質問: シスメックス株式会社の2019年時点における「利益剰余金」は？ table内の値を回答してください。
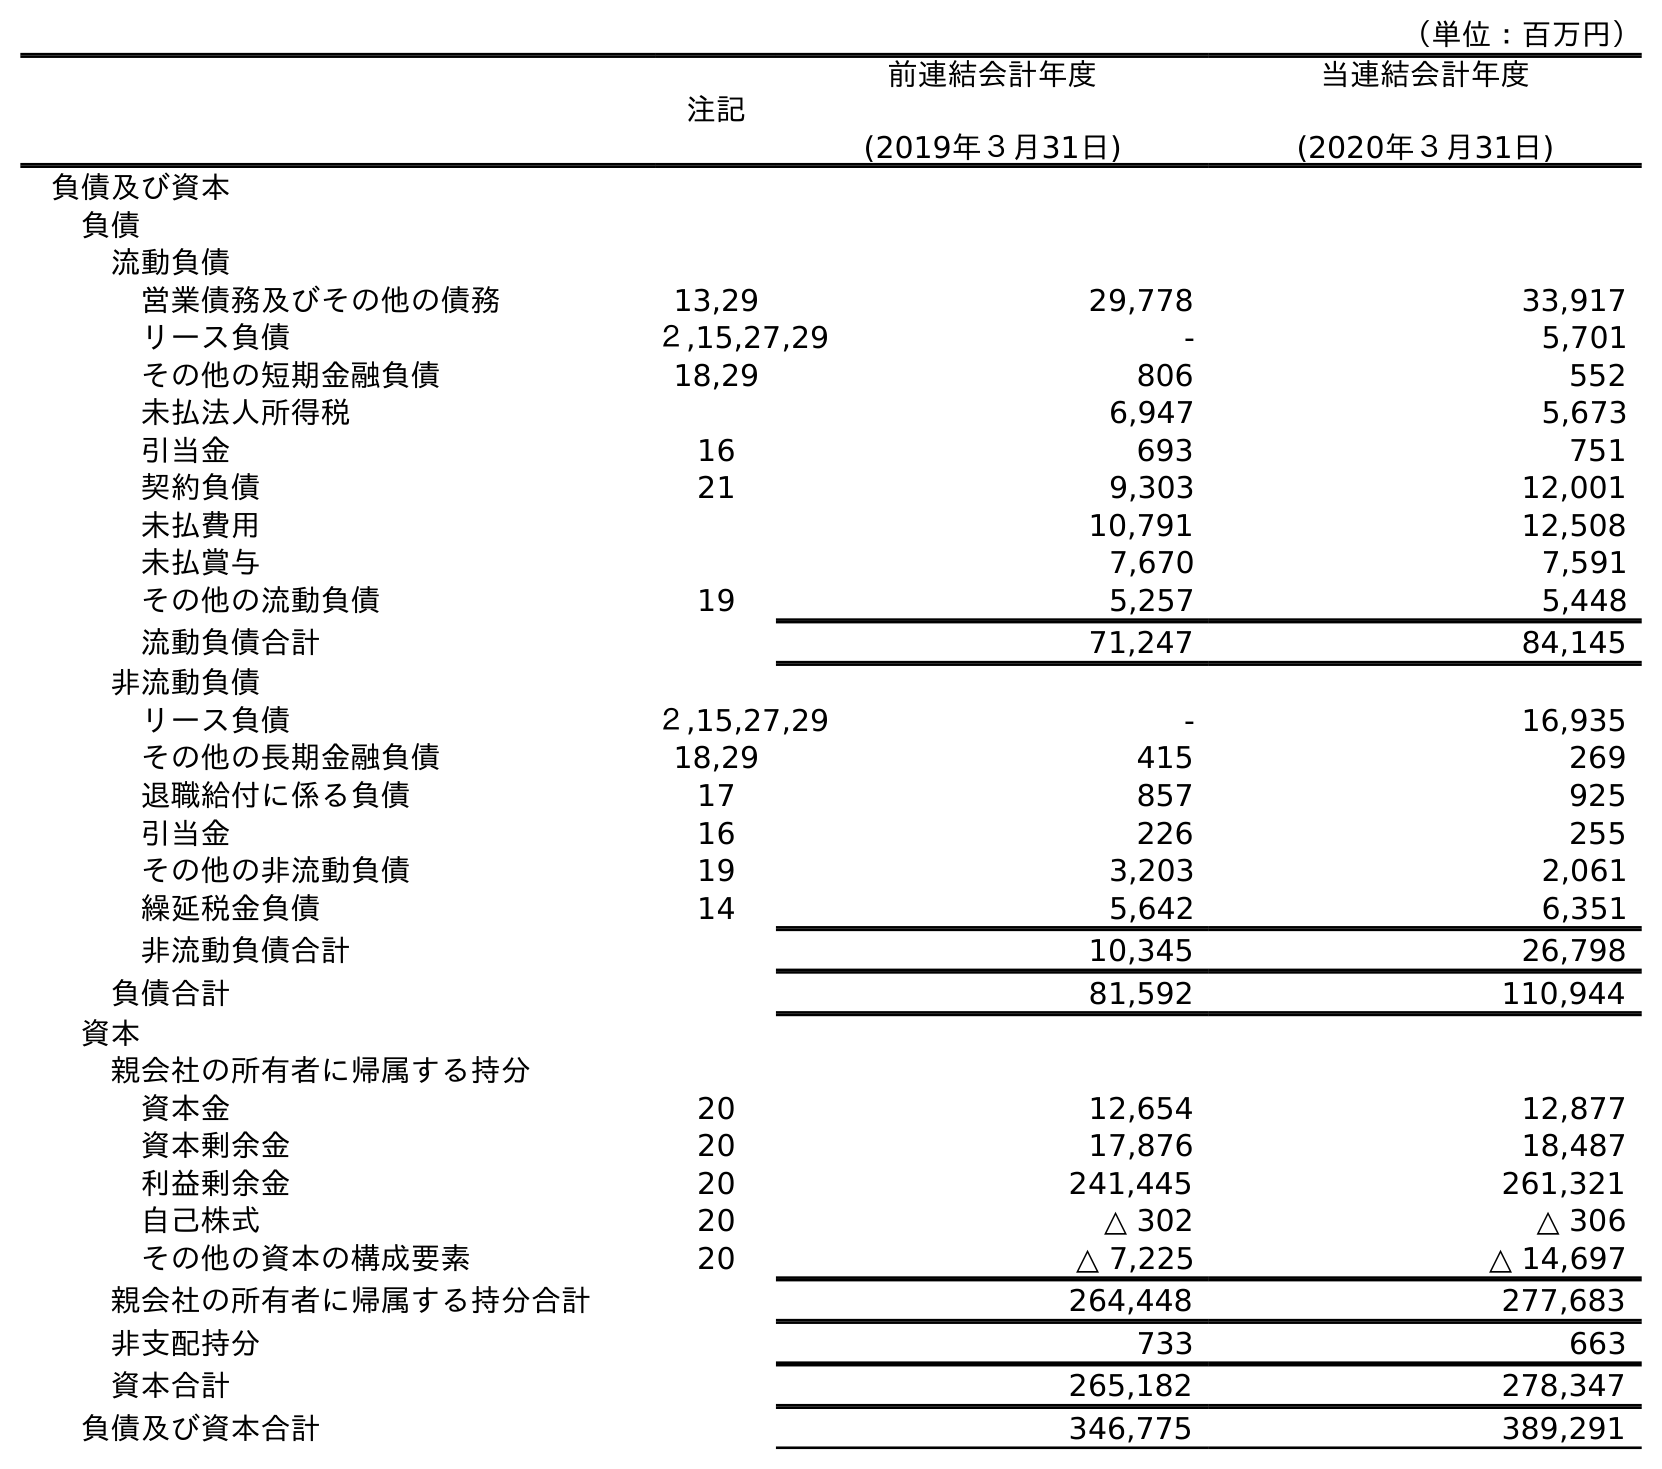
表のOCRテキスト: （単位：百万円） 注記 前連結会計年度 (2019年３月31日) 当連結会計年度 (2020年３月31日) 負債及び資本 負債 流動負債 営業債務及びその他の債務 13,29 29,778 33,917 リース負債 ２,15,27,29 - 5,701 その他の短期金融負債 18,29 806 552 未払法人所得税 6,947 5,673 引当金 16 693 751 契約負債 21 9,303 12,001 未払費用 10,791 12,508 未払賞与 7,670 7,591 その他の流動負債 19 5,257 5,448 流動負債合計 71,247 84,145 非流動負債 リース負債 ２,15,27,29 - 16,935 その他の長期金融負債 18,29 415 269 退職給付に係る負債 17 857 925 引当金 16 226 255 その他の非流動負債 19 3,203 2,061 繰延税金負債 14 5,642 6,351 非流動負債合計 10,345 26,798 負債合計 81,592 110,944 資本 親会社の所有者に帰属する持分 資本金 20 12,654 12,877 資本剰余金 20 17,876 18,487 利益剰余金 20 241,445 261,321 自己株式 20 △ 302 △ 306 その他の資本の構成要素 20 △ 7,225 △ 14,697 親会社の所有者に帰属する持分合計 264,448 277,683 非支配持分 733 663 資本合計 265,182 278,347 負債及び資本合計 346,775 389,291
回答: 241,445